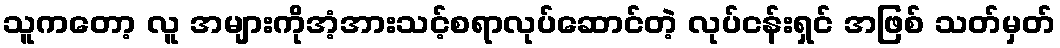
သူကတော့ လူ အများကိုအံ့အားသင့်စရာလုပ်ဆောင်တဲ့ လုပ်ငန်းရှင် အဖြစ် သတ်မှတ်